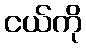
ငယ်ကို